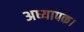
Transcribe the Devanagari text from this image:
अध्यापक।